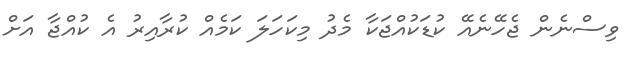
ވިސްނެން ޖެހޭނެއޭ ކުޑަކުއްޖަކާ މެދު މިކަހަލަ ކަމެއް ކުރާއިރު އެ ކުއްޖާ އަށް